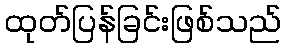
ထုတ်ပြန်ခြင်းဖြစ်သည်